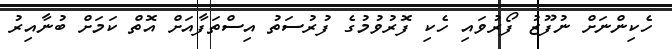
ހެކިންނަށް ނުފޫޒު ފޯރުވައި ހެކި ފޮރުވުމުގެ ފުރުސަތު އިސްތަފާއަށް އޮތް ކަމަށް ބުނާއިރު